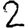
Digit: 2